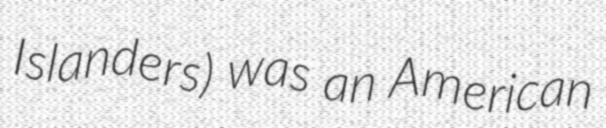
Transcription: Islanders) was an American